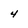
Character: 4